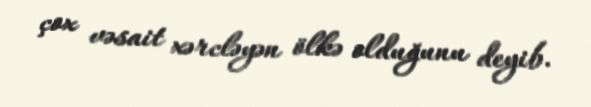
çox vəsait xərcləyən ölkə olduğunu deyib.